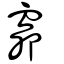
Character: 𧖱